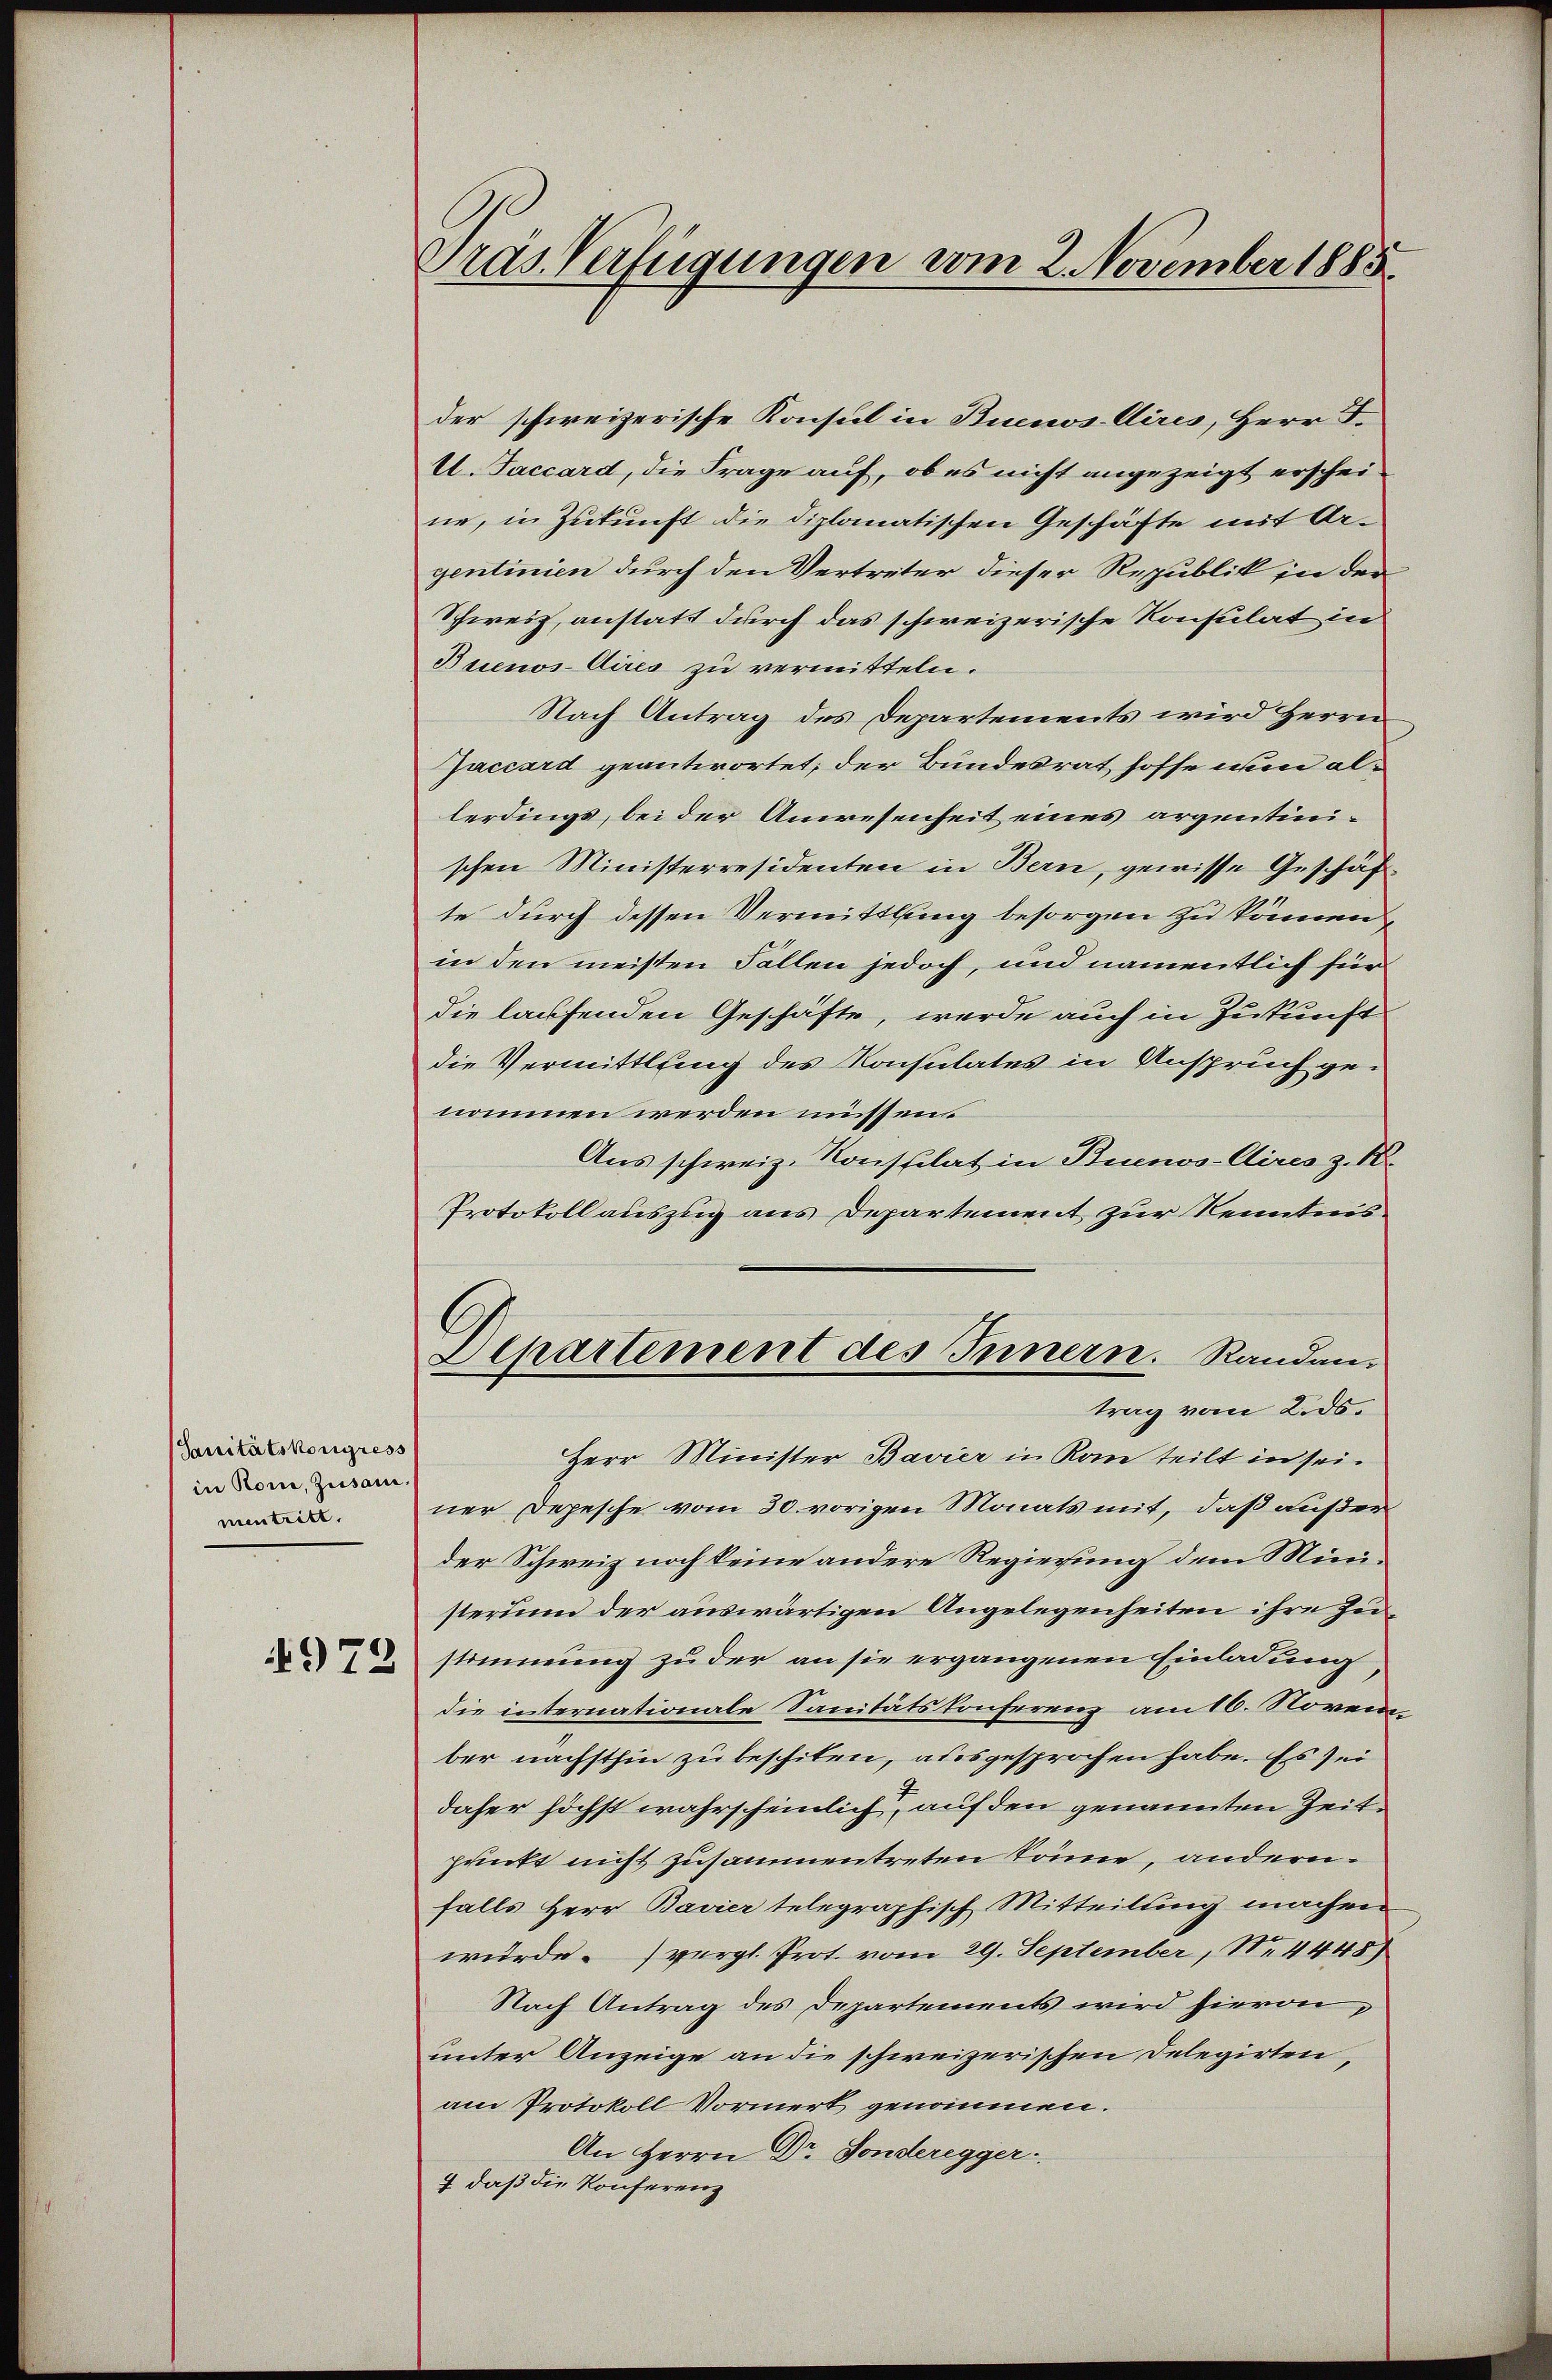
Sanitätskongress
in Roni, Zusammentritt.

972

Pras Verfügungen vom 2. November 1885

der schweizerische Konsul in Buenos-Aires, Herr F.
U. Faccard, die Frage auf, ob es nicht angezeigt erscheine, in Zukunft die diplomatischen Geschäfte mit Argentinien durch den Vertreter dieser Republik in der
Schweiz, anstatt durch das schweizerische Konsulat in
Buenos-Aires zu vermitteln.
Nach Antrag des Departements wird Herrn
Jaccard geantwortet; der Bundesrat hoffe und allerdings, bei der Anwesenheit eines argentinschen Ministerresidenten in Bern, gewisse Geschäfte durch dessen Vermittlung besorgen zu können
in den meisten Fällen jedoch, und namentlich für
die laufenden Geschäfte, werde auch in Zukunft
die Vermittlung des Konsulates in Anspruch genommen werden müssens
Aus schweiz. Konstilat in Buenos-Aires z. B.
Protokoll auszug aus Departement zur Kenntnis
C
Departement des Innern. Randantrag vom Lids¬
Herr Minister Bavier in Kam teilt in sei.
ner Depesche vom 30. vorigen Monats mit, daß außer
der Schweiz noch keine andere Regierung dem Ministerium der auswärtigen Angelegenheiten ihre Zustimmung zu der an sie ergangenen Einladung,
die internationale Sanitätskonferenz am 16. November nächsthin zu beschiten, ausgesprochen habe. Es sei
daher höchst wahrscheinlich auf den genannten Zeitpunkt nicht zusammentreten könne, andern.
falls Herr Bavier telegraphisch Mitteilung machen
wurde. (vergl. Prot. vom 29. September, N. 4448)
Nach Antrag des Departements wird hievon,
unter Anzeige an die schweizerischen Delegirten,
am Protokoll Vormerk genommen.
An Herrn Dr. Sonderegger.
7 daß die Konferenz